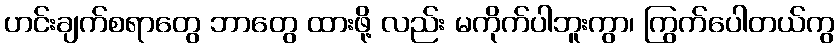
ဟင်းချက်စရာတွေ ဘာတွေ ထားဖို့ လည်း မကိုက်ပါဘူးကွာ၊ ကြွက်ပေါတယ်ကွ